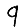
Digit: 9